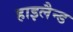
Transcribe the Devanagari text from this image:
हाइलैन्ड